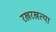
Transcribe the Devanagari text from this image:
रखरखत्या